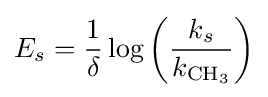
E_{s}={\frac {1}{\delta }}\log \left({\frac {k_{s}}{k_{{\ce {CH3}}}}}\right)